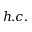
h . c .